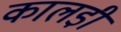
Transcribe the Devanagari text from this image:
कालडी़